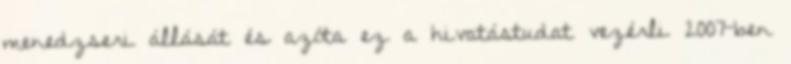
menedzseri állását és azóta ez a hivatástudat vezérli 2007-ben